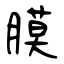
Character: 膜